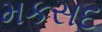
મકસદ